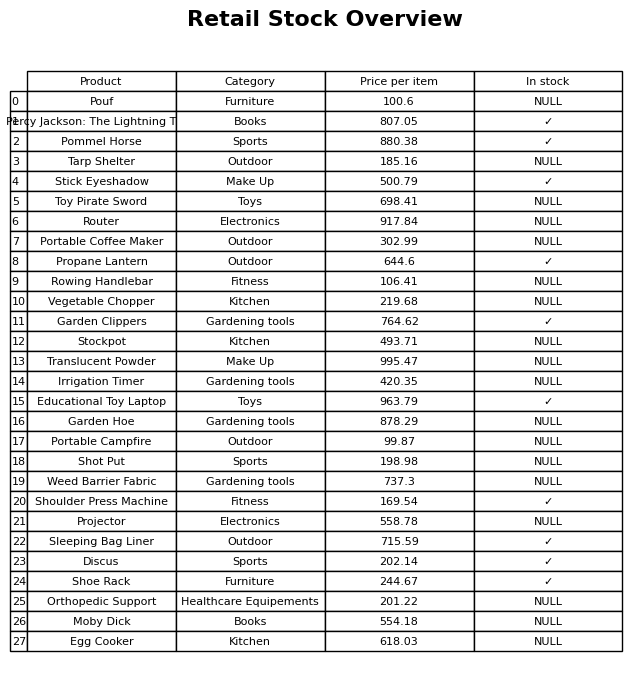
question: What is the stock status of the Vegetable Chopper?
answer: NULL